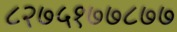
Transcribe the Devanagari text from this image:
८२७५१७७८७७